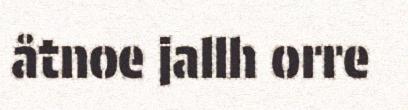
åtnoe jallh orre